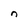
Character: n